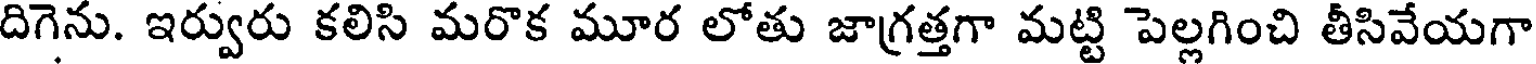
దిగెను. ఇర్వురు కలిసి మరొక మూర లోతు జాగ్రత్తగా మట్టి పెల్లగించి తీసివేయగా